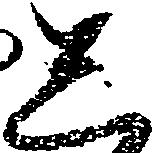
し